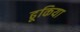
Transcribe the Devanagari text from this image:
ढूकिया